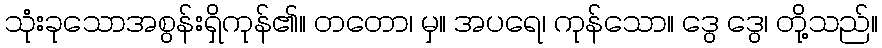
သုံးခုသောအစွန်းရှိကုန်၏။ တတော၊ မှ။ အပရေ၊ ကုန်သော။ ဒွေ ဒွေ၊ တို့သည်။